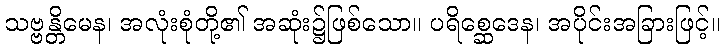
သဗ္ဗန္တိမေန၊ အလုံးစုံတို့၏ အဆုံး၌ဖြစ်သော။ ပရိစ္ဆေဒေန၊ အပိုင်းအခြားဖြင့်။